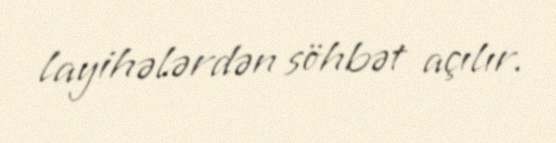
layihələrdən söhbət açılır.